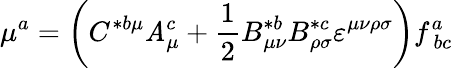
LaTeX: \mu^{a}=\left(C^{*b\mu}\mathit{A}_{\mu}^{c}+\frac{1}{2}B_{\mu\nu}^{*b}B_{\rho\sigma}^{*c}\varepsilon^{\mu\nu\rho\sigma}\right)f_{\ bc}^{a}